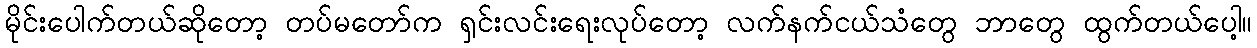
မိုင်းပေါက်တယ်ဆိုတော့ တပ်မတော်က ရှင်းလင်းရေးလုပ်တော့ လက်နက်ငယ်သံတွေ ဘာတွေ ထွက်တယ်ပေါ့။